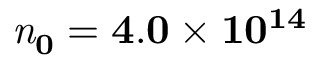
\mathbf { \mathit { n } _ { 0 } = 4 . 0 \times 1 0 ^ { 1 4 } }